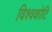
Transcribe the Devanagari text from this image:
विश्वकोटि